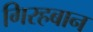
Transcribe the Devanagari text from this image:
गिरहबान